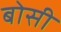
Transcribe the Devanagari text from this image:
बोसी